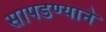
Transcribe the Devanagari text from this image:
सापडण्याने